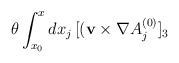
LaTeX: \begin{align*}\theta \int_{x_0}^x dx_j \,[({\bf v}\times \nabla A^{(0)}_j]_3 \end{align*}